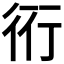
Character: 𧗡